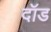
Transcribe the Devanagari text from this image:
दॉड